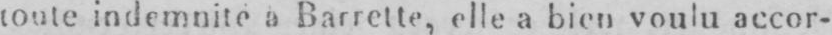
toute indemnité a Barrette, elle a bien voulu accor-